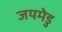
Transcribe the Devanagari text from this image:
जयमेडु